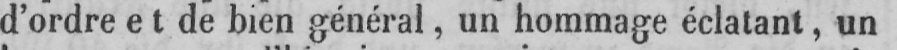
d’ordre et de bien général, un hommage éclatant, un